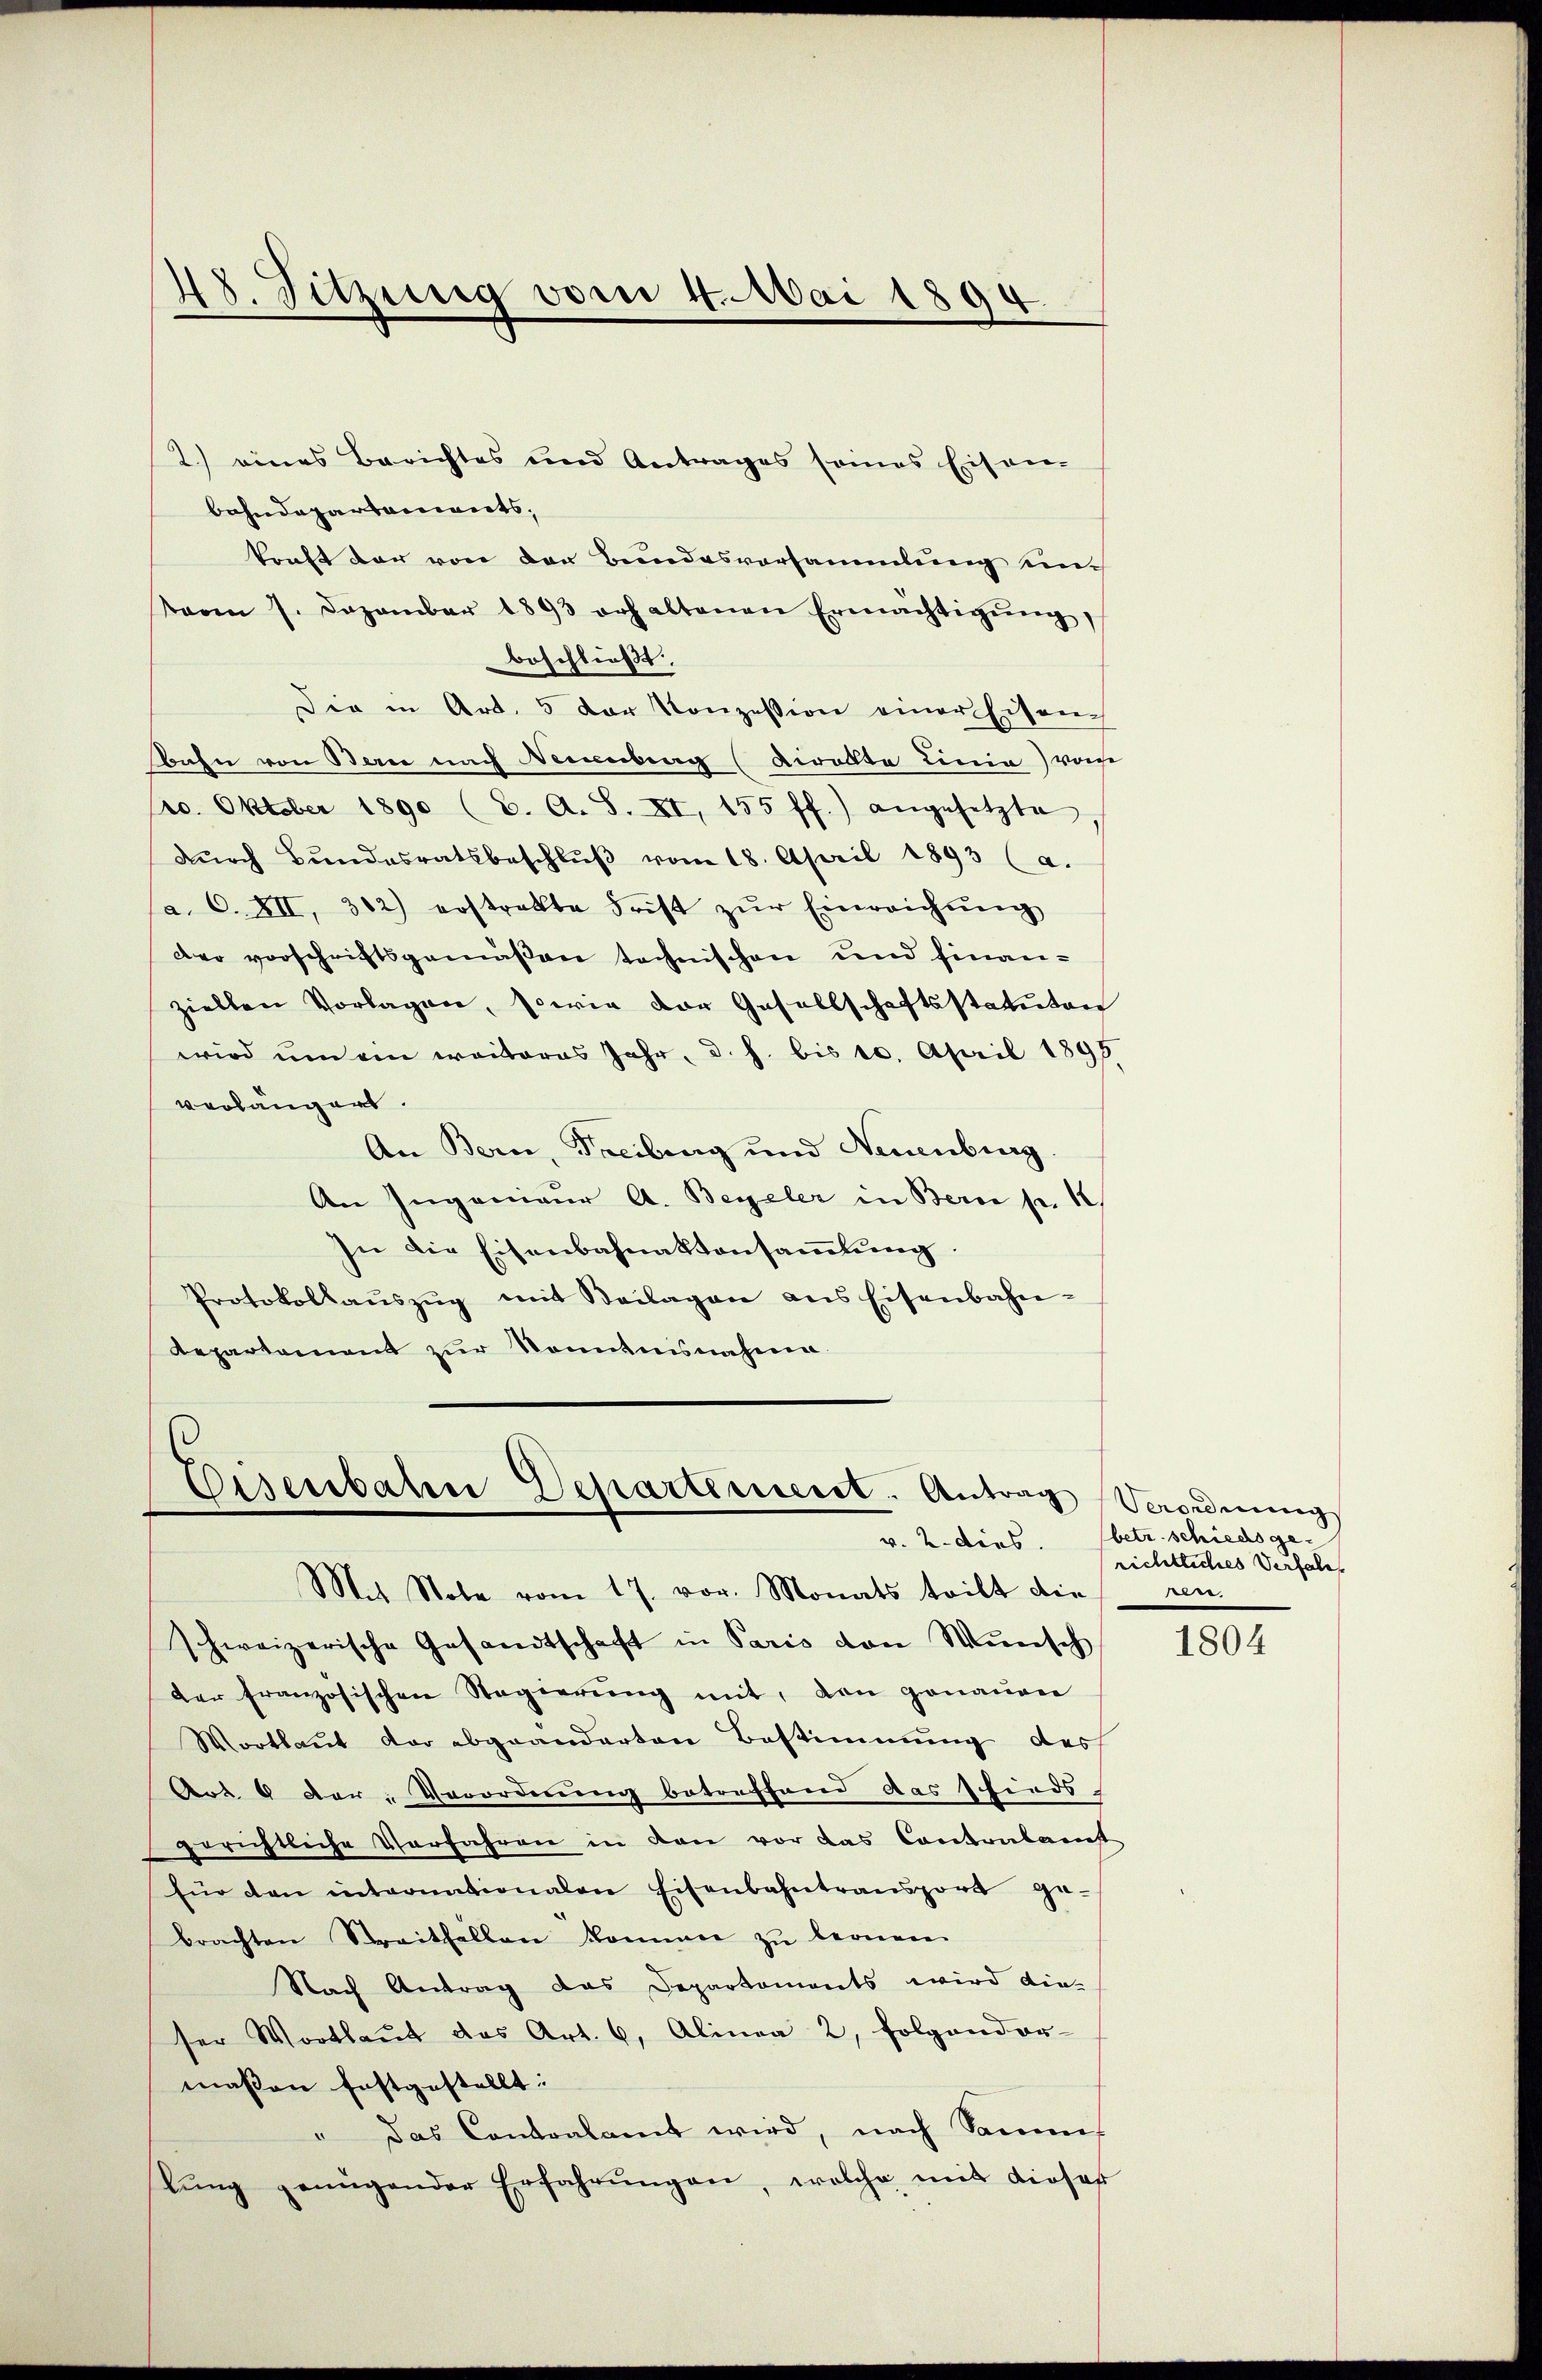
48. Sitzung vom 4. Mai 1894

2.) eines Berichtes und Antrages seines Eisen-
bahndepartements,
kraft der von den Bundesversammlung eintaren 7. Dezember 1893 erhaltenen Ermächtigŭng,
beschließt:
Die in Art. 5 der Konzession einer Eisench
bahn von Bern nach Neuenburg (Kiralte Linia) von
(ro. Oktober 1890 (2. A. S. XI, 155 ff.) angesetzte
dŭrch Bŭndesratsbeschlŭβ vom 18. April 1893 (a.
a. O. XII, 302) erstrakte Frist zŭr Einreichŭng
der vorschriftsgemäßen technischen und finanziellen Vorlagen, sowie der Gesellschaftsstatuten
wird ŭm ein weiteres Jahr, d. h. bis 10. April 1895
verlangers.
An Bern, Freiburg und Neuenburg.
An Ingenieŭr A. Begeler in Bern pr. 1
In die Eisenbahnaktensammlung
Protokollaŭszŭg mit Beilagen ans Eisenbahn-
Repartement zur Kenntnisnahme.

Eisenbaten Departinieret. Antrag

Mit Stole vom 17. vor. Monats teilt die
schweizerische Gesandtschaft in Paris von Wünsch
der französischen Sagierŭng mit, den genaŭen
Wortlaut der abgeänderten Bestimmung des
Art. 9 dar; Verordnung betreffend das schieds-
gerichtliche Verfahren in den vor das Contralant
Eür den internationalen Eisenbahntransport gebrachten Streitfallen können zŭ bernen
Nach Antrag das Departements wird dieser Wortlaut das Art. 6, Alinea 2, folgendor-
maßen festgestellt:
" Das Contoalamt wird, nach Samms
tung genügender Erfahrungen, welche mit dieser

Verordnung
v. 2. dies. betr. schiedsgerichtliches Verfall
rene

1804